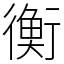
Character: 衡